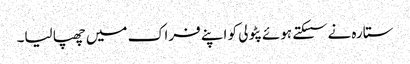
ستارہ نے سسکتے ہوئے پٹولی کو اپنے فراک میں چھپا لیا۔